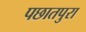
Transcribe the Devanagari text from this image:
पछातपुरा